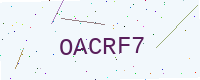
Text: OACRF7